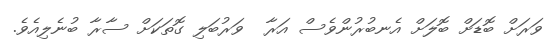
ވަރަށް ބޮޑަށް ބޮލަށް އެނބުރުންވެސް އަރާ  ވަރުބަލި ގޮތަކަށް ސާރާ ބުނެލިއެވެ.